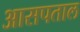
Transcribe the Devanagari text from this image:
आसपताल